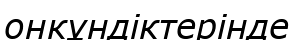
онкұндіктерінде